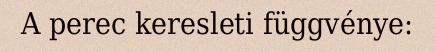
A perec keresleti függvénye: